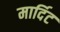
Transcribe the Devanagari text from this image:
मार्दिट